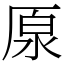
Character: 厡